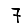
Digit: 7